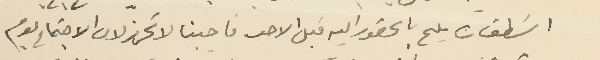
اسَطفان يلح بالحضور اليه قبل الاحد فاجبنا لا تحرز لان الاجتماع يوم